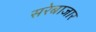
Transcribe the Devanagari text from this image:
सरेबाजार